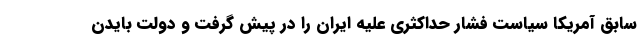
سابق آمریکا سیاست فشار حداکثری علیه ایران را در پیش گرفت و دولت بایدن